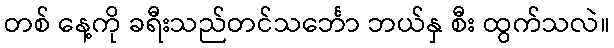
တစ် နေ့ကို ခရီးသည်တင်သင်္ဘော ဘယ်နှ စီး ထွက်သလဲ။